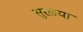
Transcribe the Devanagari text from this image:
सुरळ्या